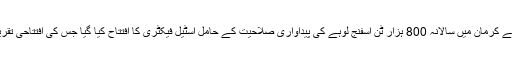
واضح رہے کہ پیر کے روز ایران کے جنوب مغربی صوبے کرمان میں سالانہ 800 ہزار ٹن اسفنج لوہے کی پیداواری صلاحیت کے حامل اسٹیل فیکٹری کا افتتاح کیا گیا جس کی افتتاحی تقریب میں صدر مملکت ڈاکٹر حسن روحانی بھی شریک تھے۔